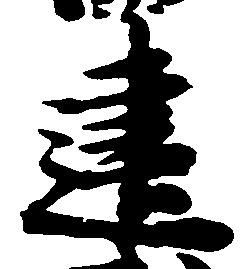
建